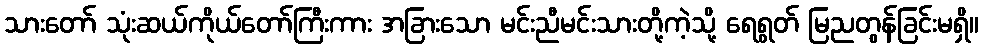
သားတော် သုံးဆယ်ကိုယ်တော်ကြီးကား အခြားသော မင်းညီမင်းသားတို့ကဲ့သို့ ရေရွတ် မြညတွန်ခြင်းမရှိ။